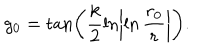
LaTeX: g _ { 0 } = \tan \left( \frac { k } { 2 } \ln \left| \ln \frac { r _ { 0 } } { r } \right| \right) .